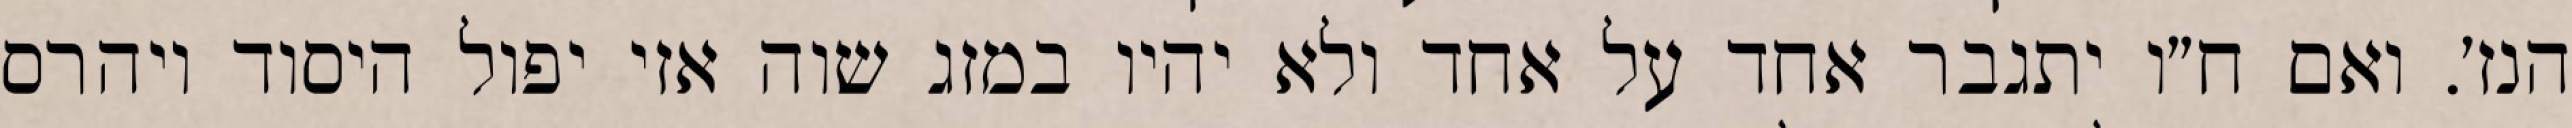
הנז׳. ואם ח״ו יתגבר אחד על אחד ולא יהיו במזג שוה אזי יפול היסוד ויהרס